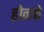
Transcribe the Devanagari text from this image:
होळचे